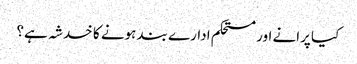
کیا پرانے اور مستحکم ادارے بند ہونے کا خدشہ ہے؟